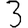
Digit: 3